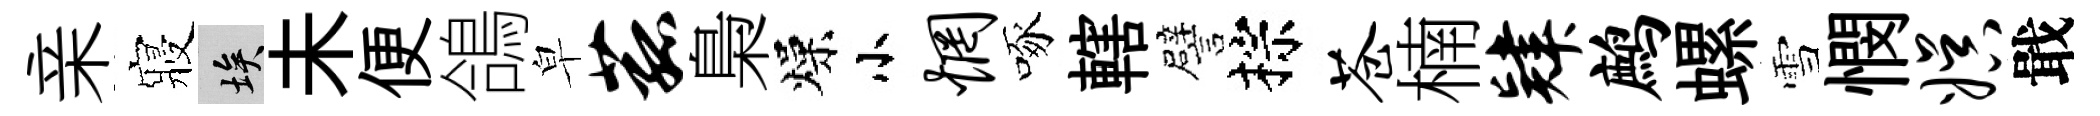
亲寢埃未便鴿皁菰梟燥小惘啄轄譬棕苍楠肄鹧螺雪憫娱戢